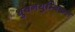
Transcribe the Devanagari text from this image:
थुवनथुम्बिकल